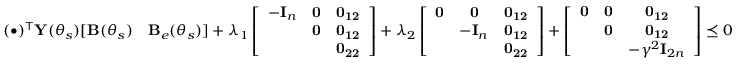
( \bullet ) ^ { \mathsf { T } } { \mathbf { Y } } ( \theta _ { s } ) [ \mathbf { B } ( \theta _ { s } ) \quad \mathbf { B } _ { e } ( \theta _ { s } ) ] + \lambda _ { 1 } \left[ \begin{array} { c c c } { - \mathbf { I } _ { n } } & { \bf 0 } & { \bf 0 _ { 1 2 } } \\ & { \bf 0 } & { \bf 0 _ { 1 2 } } \\ & & { \bf 0 _ { 2 2 } } \end{array} \right] + \lambda _ { 2 } \left[ \begin{array} { c c c } { \bf 0 } & { \bf 0 } & { \bf 0 _ { 1 2 } } \\ & { - \mathbf { I } _ { n } } & { \bf 0 _ { 1 2 } } \\ & & { \bf 0 _ { 2 2 } } \end{array} \right] + \left[ \begin{array} { c c c } { \bf 0 } & { \bf 0 } & { \bf 0 _ { 1 2 } } \\ & { \bf 0 } & { \bf 0 _ { 1 2 } } \\ & & { - \gamma ^ { 2 } \mathbf { I } _ { 2 n } } \end{array} \right] \preceq 0